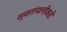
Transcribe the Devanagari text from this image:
स्वरांपलीकडे